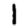
Digit: 1